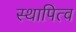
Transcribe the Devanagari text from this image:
स्थापित्व